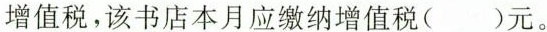
增值税，该书店本月应缴纳增值税()元。